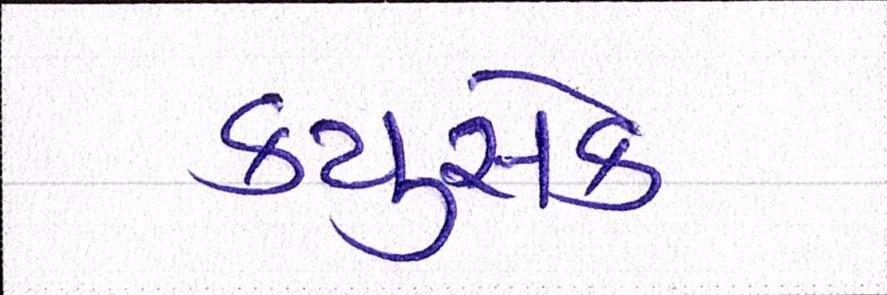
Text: ક્યુસેક